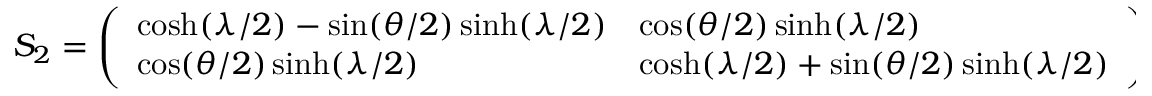
S _ { 2 } = \left( \begin{array} { l l } { { \cosh ( \lambda / 2 ) - \sin ( \theta / 2 ) \sinh ( \lambda / 2 ) } } & { { \cos ( \theta / 2 ) \sinh ( \lambda / 2 ) } } \\ { { \cos ( \theta / 2 ) \sinh ( \lambda / 2 ) } } & { { \cosh ( \lambda / 2 ) + \sin ( \theta / 2 ) \sinh ( \lambda / 2 ) } } \end{array} \right) .